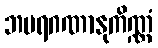
ဘမရဂဏာနုကိဏ္ဏံ